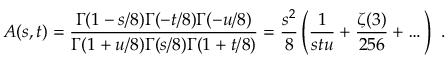
A ( s , t ) = \frac { \Gamma ( 1 - s / 8 ) \Gamma ( - t / 8 ) \Gamma ( - u / 8 ) } { \Gamma ( 1 + u / 8 ) \Gamma ( s / 8 ) \Gamma ( 1 + t / 8 ) } = \frac { s ^ { 2 } } { 8 } \left( \frac { 1 } { s t u } + \frac { \zeta ( 3 ) } { 2 5 6 } + \dots \right) \ .